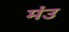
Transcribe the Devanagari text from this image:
मंउ